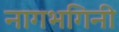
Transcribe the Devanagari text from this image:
नागभगिनी